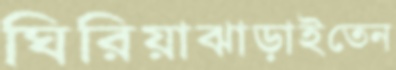
ঘিরিয়াঝাড়াইতেন